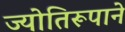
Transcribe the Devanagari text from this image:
ज्योतिरूपाने